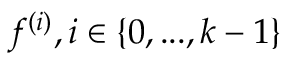
f ^ { ( i ) } , i \in \{ 0 , . . . , k - 1 \}